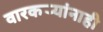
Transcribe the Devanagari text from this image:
वारकर्‍यांनाही